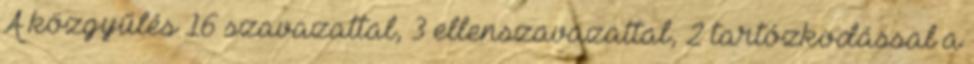
A közgyűlés 16 szavazattal, 3 ellenszavazattal, 2 tartózkodással a